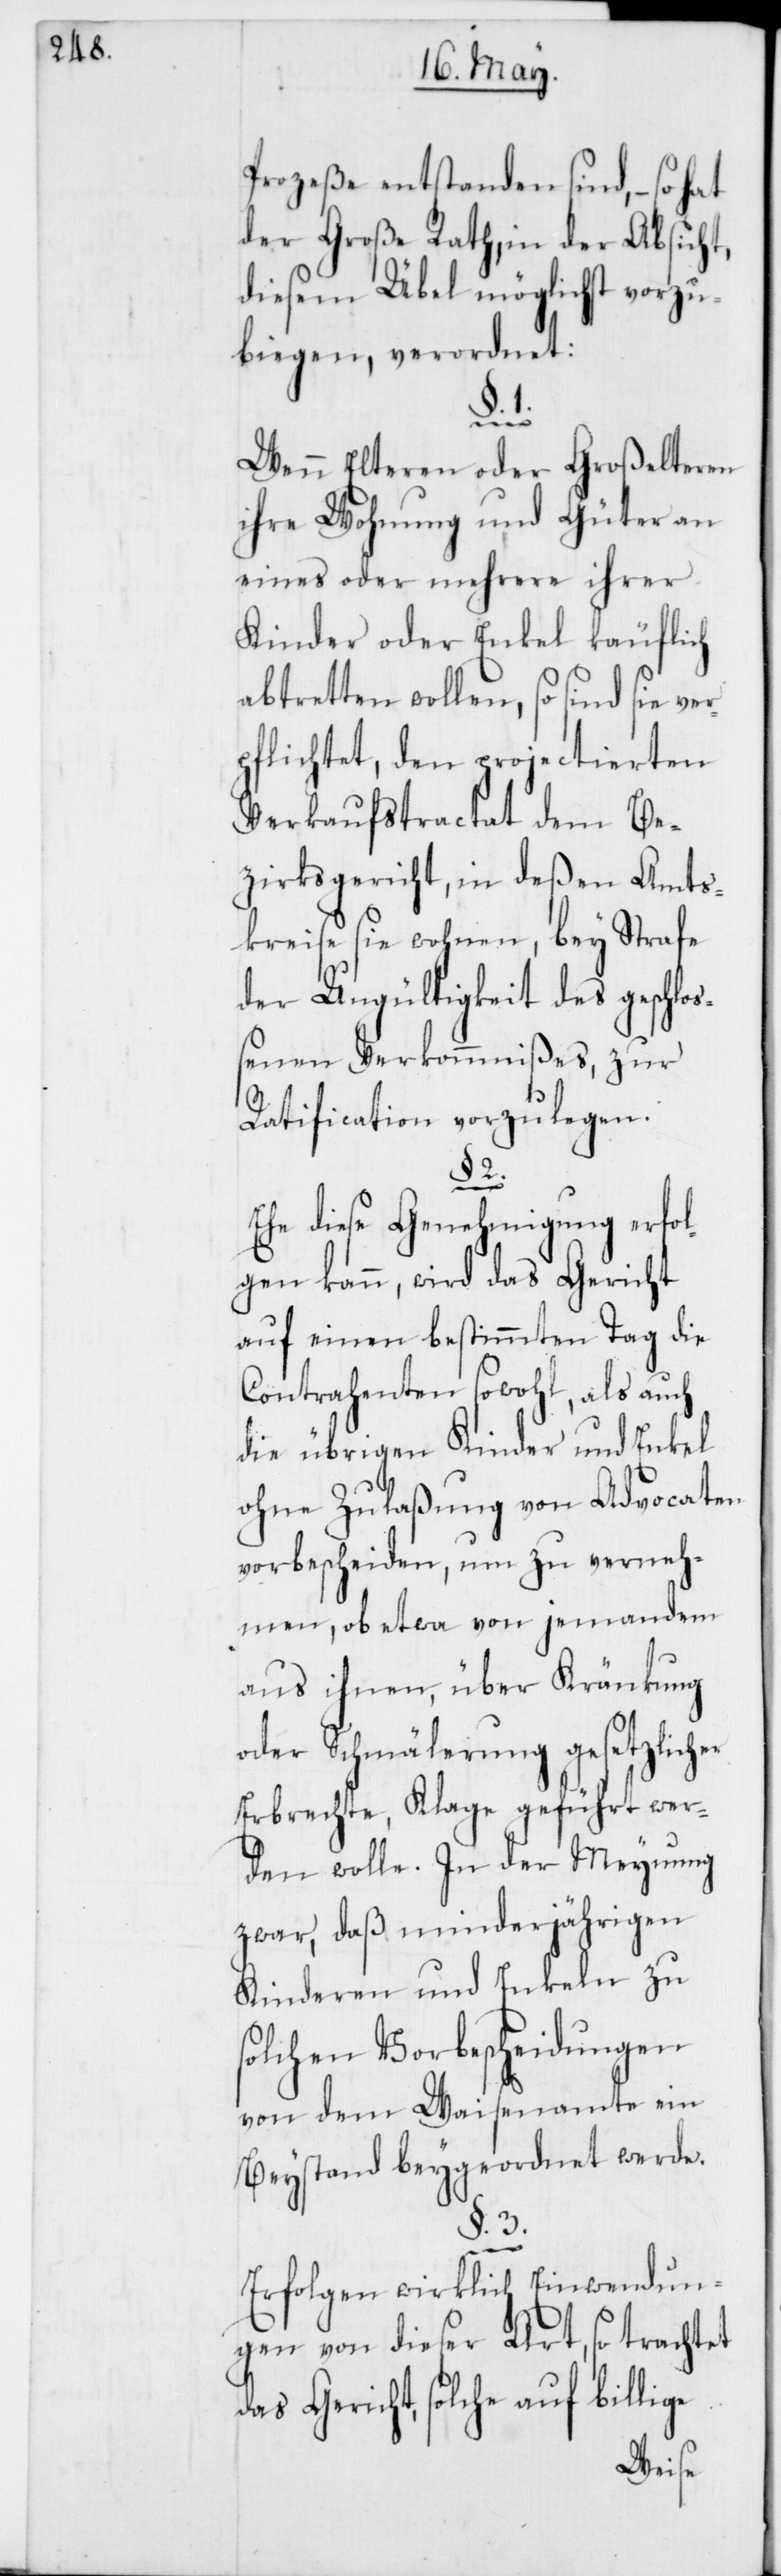
Prozeße entstanden sind, – so hat
der Große Rath, in der Absicht,
diesem Übel möglichst vorzu¬
biegen, verordnet:
§. 1.
Wenn Elteren oder Großelteren
ihre Wohnung und Güter an
eines oder mehrere ihrer
Kinder oder Enkel käuflich
abtretten wollen, so sind sie ver¬
pflichtet, den projectierten
Verkaufstractat dem Be¬
zirksgericht, in deßen Amts¬
kreise sie wohnen, bey Strafe
der Ungültigkeit des geschloß¬
enen Verkommnißes, zur
Ratification vorzulegen.
§. 2.
Ehe diese Genehmigung erfol¬
gen kann, wird das Gericht
auf einen bestimmten Tag die
Contrahenten sowohl, als auch
die übrigen Kinder und Enkel
ohne Zulaßung von Advocaten
vorbescheiden, um zu verneh¬
men, ob etwa von jemandem
aus ihnen, über Kränkung
oder Schmälerung gesetzlicher
Erbrechte, Klage geführt wer¬
den wolle. In der Meynung
zwar, daß minderjährigen
Kinderen und Enkeln zu
solchen Vorbescheidungen
von dem Waisenamte ein
Beystand beygeordnet werde.
§. 3.
Erfolgen wirklich Einwendun¬
gen von dieser Art, so trachtet
das Gericht, solche auf billige